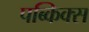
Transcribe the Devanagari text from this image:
पब्किक्स